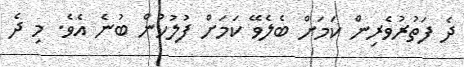
ދެ ފަތުރުވެރިން ކަމަށް ބެލެވޭ ކަމަށް ފުލުހުން ބުނެ އެވެ. މި ދެ